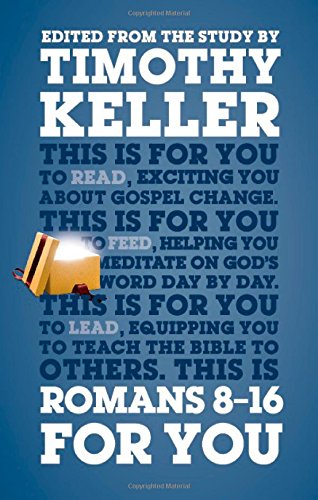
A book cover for Romans 8-16 For You; Timothy Keller; Christian Books & Bibles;